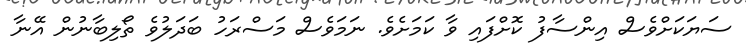
ސަޔަކަށްވެސް އިންސާފު ކޮށްފައި ވާ ކަމަށެވެ. ނަމަވެސް މަސްރަހު ބަދަލުވެ ތޯލިބާނުން އޭނާ